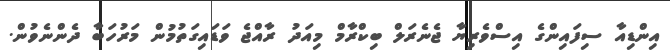
އިންޑިއާ ސިފައިންގެ އިސްވެރިޔާ ޖެނެރަލް ބިކްރާމް މިއަދު ރާއްޖެ ވަޑައިގަތުމުން މަރުހަބާ ދެންނެވުން.